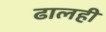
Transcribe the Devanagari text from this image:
ढालही